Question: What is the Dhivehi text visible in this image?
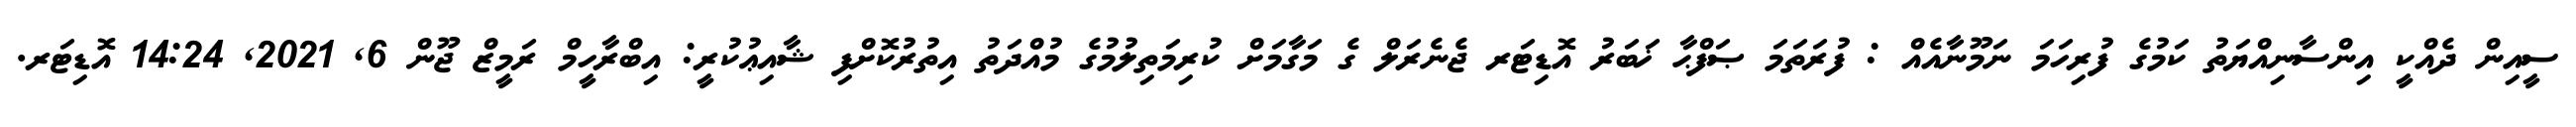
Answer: ސީއިން ދެއްކީ އިންސާނިއްޔަތު ކަމުގެ ފުރިހަމަ ނަމޫނާއެއް : ފުރަތަމަ ޞަފްޙާ ޚަބަރު އޮޑިޓަރ ޖެނެރަލް ގެ މަގާމަށް ކުރިމަތިލުމުގެ މުއްދަތު އިތުރުކޮށްފި ޝާއިޢުކުރީ: އިބްރާހީމް ރަމީޒް ޖޫން 6, 2021, 14:24 އޮޑިޓަރ.